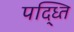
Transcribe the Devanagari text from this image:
पद्ध्‍ति